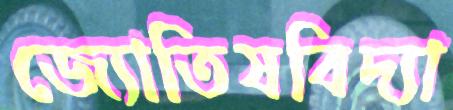
জ্যোতিষবিদ্যা